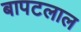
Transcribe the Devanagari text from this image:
बापटलाल